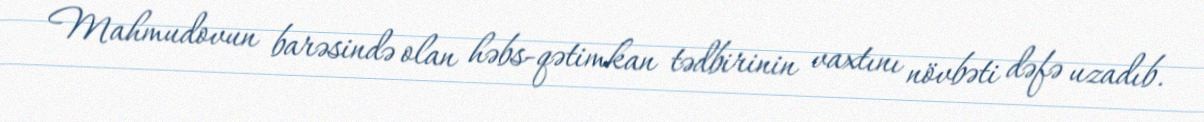
Mahmudovun barəsində olan həbs-qətimkan tədbirinin vaxtını növbəti dəfə uzadıb.